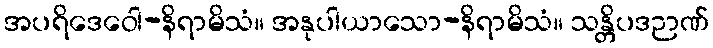
အပရိဒေဝေါ-နိရာမိသံ။ အနုပါယာသော-နိရာမိသံ။ သန္တိပဒဉာဏ်